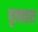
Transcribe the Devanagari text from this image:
बुलसारा